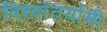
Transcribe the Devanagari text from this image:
विश्वांतर्यामी